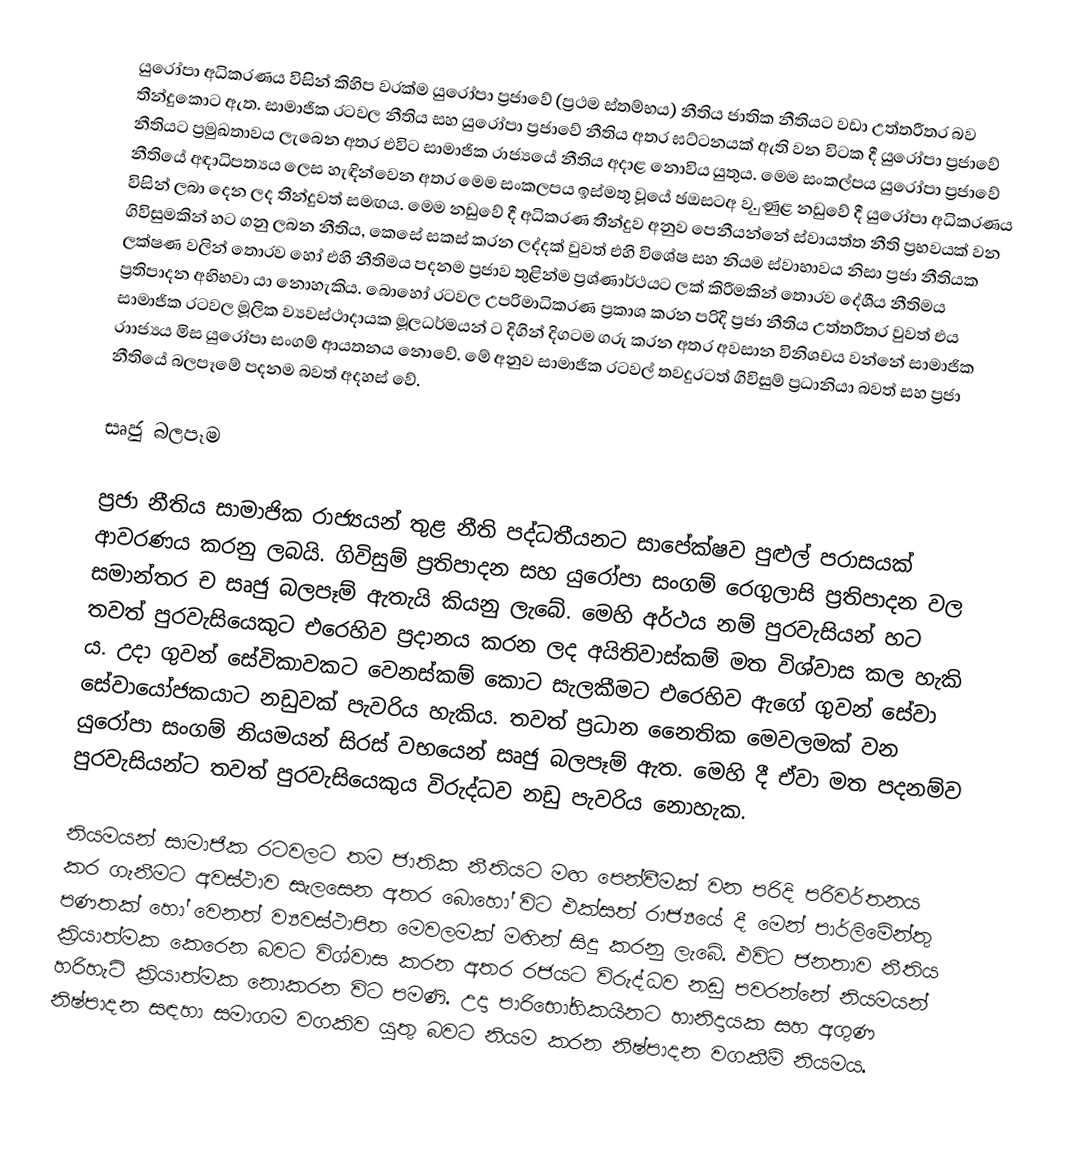
යුරෝපා අධිකරණය විසින් කිහිප වරක්ම යුරෝපා ප්‍රජාවේ (ප්‍රථම ස්තම්භය) නීතිය ජාතික නීතියට වඩා උත්තරීතර බව තීන්දුකොට ඇත. සාමාජික රටවල නීතිය සහ යුරෝපා ප්‍රජාවේ නීතිය අතර ඝට්ටනයක් ඇති වන විටක දී යුරෝපා ප්‍රජාවේ නීතියට ප්‍රමුඛතාවය ලැබෙන අතර එවිට සාමාජික රාජ්‍යයේ නීතිය අදාළ නොවිය යුතුය. මෙම සංකල්පය යුරෝපා ප්‍රජාවේ නීතියේ අඳාධිපත්‍යය ලෙස හැඳින්වෙන අතර මෙම සංකලපය ඉස්මතු වූයේ ඡඔසටඅ ව. ුණුළ නඩුවේ  දී යුරෝපා අධිකරණය විසින් ලබා දෙන ලද තීන්දුවත් සමඟය. මෙම නඩුවේ දී අධිකරණ තීන්දුව අනුව පෙනීයන්නේ ස්වායත්ත නීති ප්‍රභවයක් වන ගිවිසුමකින් හට ගනු ලබන නීතිය, කෙසේ සකස් කරන ලද්දක් වුවත් එහි විශේෂ සහ නියම ස්වාභාවය නිසා ප්‍රජා නීතියක ලක්ෂණ වලින් තොරව හෝ එහි නීතිමය පදනම ප්‍රජාව තුළින්ම ප්‍රශ්ණාර්ථයට ලක් කිරීමකින් තොරව දේශීය නීතිමය ප්‍රතිපාදන අභිභවා යා නොහැකිය. බොහෝ රටවල උපරිමාධිකරණ ප්‍රකාශ කරන පරිදි ප්‍රජා නීතිය උත්තරීතර වුවත් එය සාමාජික රටවල මූලික ව්‍යවස්ථාදායක මූලධර්මයන් ට දිගින් දිගටම ගරු කරන අතර අවසාන විනිශචය වන්නේ සාමාජික රාාජ්‍යය මිස යුරෝපා සංගම් ආයතනය නොවේ. මේ අනුව සාමාජික රටවල් තවදුරටත් ගිවිසුම් ප්‍රධානියා බවත් සහ ප්‍රජා නීතියේ බලපෑමේ පදනම බවත් අදහස් වේ.

සෘජු බලපෑම

ප්‍රජා නීතිය සාමාජික රාජ්‍යයන් තුළ නීති පද්ධතීයනට සාපේක්ෂව පුළුල් පරාසයක් ආවරණය කරනු ලබයි. ගිවිසුම් ප්‍රතිපාදන සහ යුරෝපා සංගම් රෙගුලාසි ප්‍රතිපාදන වල සමාන්තර ච සෘජු බලපෑම් ඇතැයි කියනු ලැබේ. මෙහි අර්ථය නම් පුරවැසියන් හට තවත් පුරවැසියෙකුට එරෙහිව ප්‍රදානය කරන ලද අයිතිවාස්කම් මත විශ්වාස කල හැකි ය. උදා ගුවන් සේවිකාවකට වෙනස්කම් කොට සැලකීමට එරෙහිව ඇගේ ගුවන් සේවා සේවායෝජකයාට නඩුවක් පැවරිය හැකිය. තවත් ප්‍රධාන නෛතික මෙවලමක් වන යුරෝපා සංගම් නියමයන් සිරස් වභයෙන් සෘජු බලපෑම් ඇත. මෙහි දී ඒවා මත පදනම්ව පුරවැසියන්ට තවත් පුරවැසියෙකුය විරුද්ධව නඩු පැවරිය නොහැක.

නියමයන් සාමාජික රටවලට තම ජාතික නීතියට මඟ පෙන්වීමක් වන පරිදි පරිවර්තනය කර ගැනීමට අවස්ථාව සැලසෙන අතර බොහෝ විට එක්සත් රාජ්‍යයේ දී මෙන් පාර්ලිමේන්තු පණතක් හෝ වෙනත් ව්‍යවස්ථාපිත මෙවලමක් මඟින්  සිදු කරනු ලැබේ. එවිට ජනතාව නීතිය ක්‍රියාත්මක කෙරෙන බවට විශ්වාස කරන අතර රජයට විරුද්ධව නඩු පවරන්නේ නියමයන් හරිහැටි ක්‍රියාත්මක නොකරන විට පමණි. උදා පාරිභෝභිකයිනට හානිදායක සහ අගුණ නිෂ්පාදන සඳහා සමාගම වගකිව යුතු බවට නියම කරන නිෂ්පාදන වගකීම් නියමය.